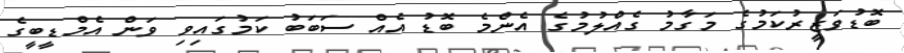
ބޮޑުވަޒީރުކަމުގެ މަގާމު ގެއްލުމުގެ އެންމެ ބޮޑު އެއް ސަބަބު ކަމުގައިވި ވަން އެމްޑީބީގެ